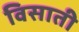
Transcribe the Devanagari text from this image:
विसाती